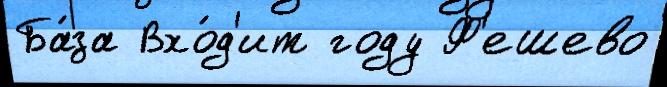
Ба́за Вхо́д'ит году Ф'ешево